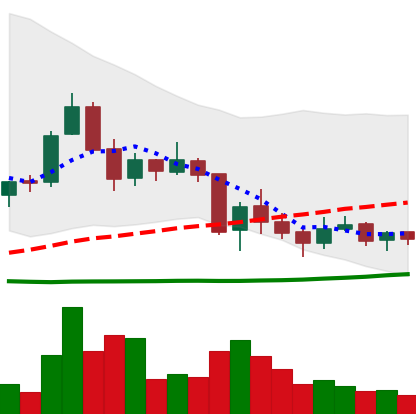
Ticker: TRX-USD
Chart end date: 2018-06-06
Forward return: -17.807%
Label: down_7plus